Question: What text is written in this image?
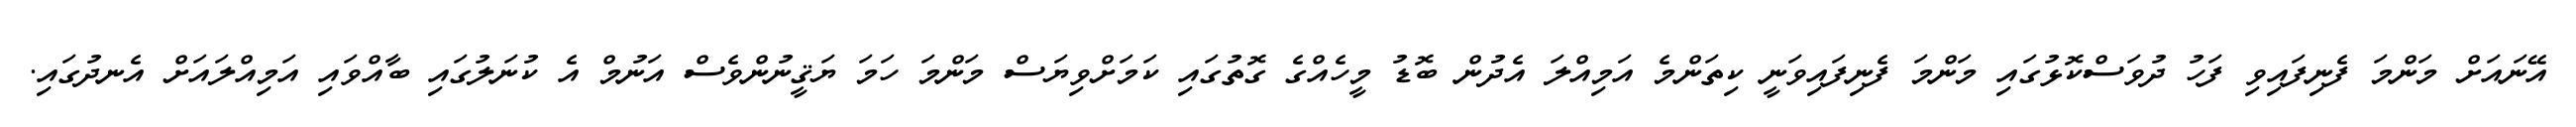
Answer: އޭނައަށް މަންމަ ފެނިފައިވި ފަހު ދުވަސްކޮޅުގައި މަންމަ ފެނިފައިވަނީ ކިތަންމެ އަމިއްލަ އެދުން ބޮޑު މީހެއްގެ ގޮތުގައި ކަމަށްވިޔަސް މަންމަ ހަމަ ޔަޤީނުންވެސް އަނުމް އެ ކުނަލުގައި ބާއްވައި އަމިއްލައަށް އެނދުގައި.